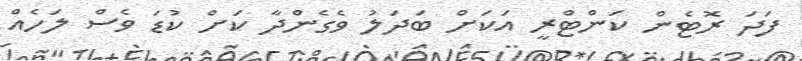
ފަދަ ރޮޓެން ކަންޓްރީ އަކަށް ބަދަލު ވެގެންދާ ކަށް ކުޑަ ވެސް ލަހެއް